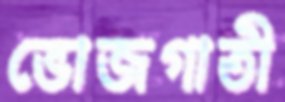
ভোজগাতী